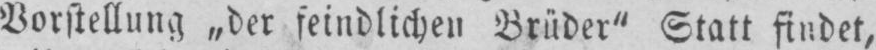
Vorstellung „der feindlichen Brüder” Statt findet,